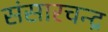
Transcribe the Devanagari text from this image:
संसारचन्द्र